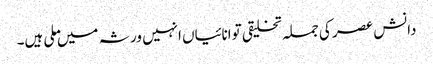
دانش عصر کی جملہ تخلیقی توانائیاں انہیں ورثہ میں ملی ہیں۔